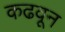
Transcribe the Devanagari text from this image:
कढवून